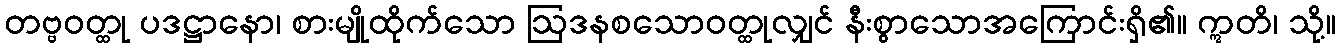
တဗ္ဗဝတ္ထု ပဒဋ္ဌာနော၊ စားမျိုထိုက်သော ဩဒနစသောဝတ္ထုလျှင် နီးစွာသောအကြောင်းရှိ၏။ ဣတိ၊ သို့။